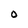
Character: O